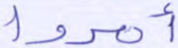
أمروا